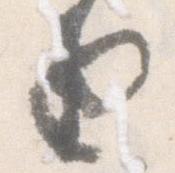
由